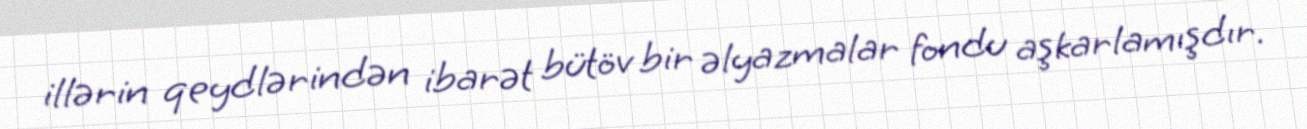
illərin qeydlərindən ibarət bütöv bir əlyazmalar fondu aşkarlamışdır.